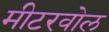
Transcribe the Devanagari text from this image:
मीटरवोल